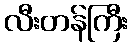
လီးတန်ကြီး